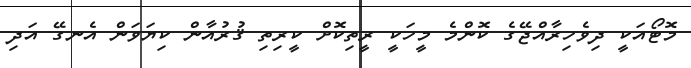
މޮޓޯއަކީ ދިވެހިރާއްޖޭގެ ކޮންމެ މީހަކީ ރީތިކޮށް ކީރިތި ޤުރުއާން ކިޔަވަން އެނގޭ އަދި